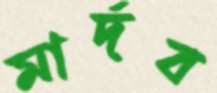
মার্দব